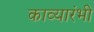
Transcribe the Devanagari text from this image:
काव्यारंभी